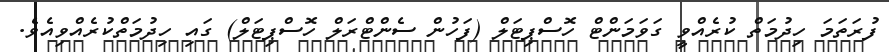
ފުރަތަމަ ހިދުމަތް ކުރެއްވީ ގަވަމަންޓް ހޮސްޕިޓަލް (ފަހުން ސެންޓްރަލް ހޮސްޕިޓަލް) ގައި ހިދުމަތްކުރެއްވިއެވެ.